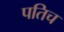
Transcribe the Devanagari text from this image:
पतिच